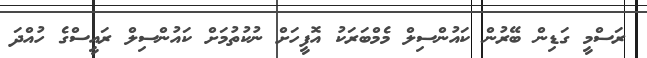
ރަސްމީ ގަޑިން ބޭރުން ކައުންސިލް މެމްބަރަކު އޮފީހަށް ނުކުތުމަށް ކައުންސިލް ރައީސްގެ ހުއްދަ